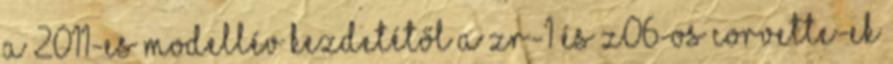
A 2011-es modellév kezdetétől a ZR-1 és Z06-os Corvette-ek